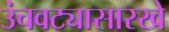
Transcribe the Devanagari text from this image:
उंचवट्यासारखे